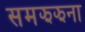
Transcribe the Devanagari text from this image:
समझझना